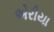
એરીયા